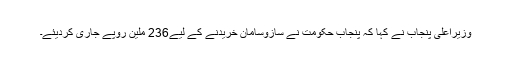
وزیراعلیٰ پنجاب نے کہا کہ پنجاب حکومت نے سازوسامان خریدنے کے لیے236 ملین روپے جاری کردیئے۔